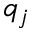
q _ { j }